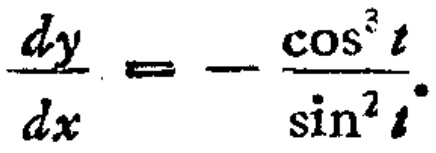
$\frac{dy}{dx}=-\frac{\cos^{3}t}{\sin^{2}t}$